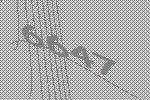
6647